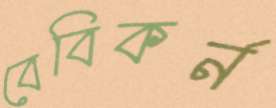
বেবিকর্ন